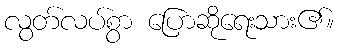
လွတ်လပ်စွာ ပြောဆိုရေးသား၏။